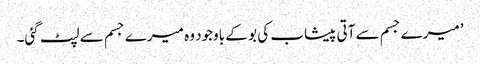
’میرے جسم سے آتی پیشاب کی بو کے باوجود وہ میرے جسم سے لپٹ گئی۔